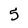
Character: 5